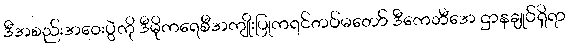
ဒီအစည်းအဝေးပွဲကို ဒီမိုကရေစီအကျိုးပြုကရင်တပ်မတော် ဒီကေဘီအေ ဌာနချုပ်ရှိရာ